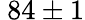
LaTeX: ~84\pm 1